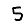
Digit: 5